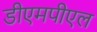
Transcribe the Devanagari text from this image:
डीएमपीएल